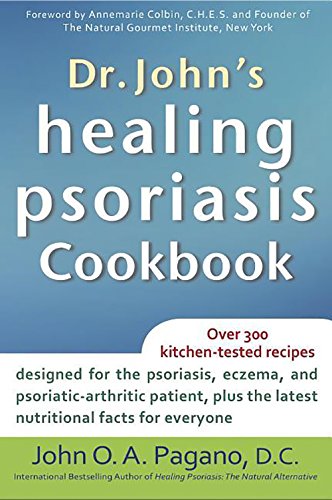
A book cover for Dr. John's Healing Psoriasis Cookbook; John  O. A. Pagano; Health, Fitness & Dieting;